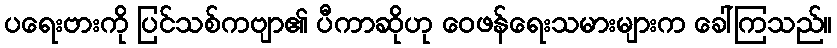
ပရေးဗားကို ပြင်သစ်ကဗျာ၏ ပီကာဆိုဟု ဝေဖန်ရေးသမားများက ခေါ်ကြသည်။